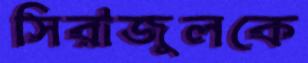
সিরাজুলকে